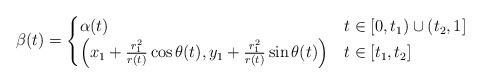
LaTeX: \begin{align*}\beta(t) =\begin{cases}\alpha(t) & t \in [0,t_1) \cup (t_2,1] \\\Big( x_1 + \frac{r_1^2}{r(t)} \cos \theta(t), y_1 + \frac{r_1^2}{r(t)} \sin \theta(t) \Big) & t \in [t_1, t_2] \\\end{cases}\end{align*}